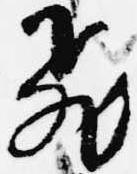
飛